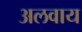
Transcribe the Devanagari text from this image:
अलवाय